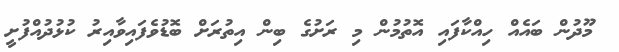
މޫދުން ބައެއް ހިއްކާފައި އޮތުމުން މި ރަށުގެ ބިން އިތުރަށް ބޮޑުވެފައިވާއިރު ކުޅުދުއްފުށީ